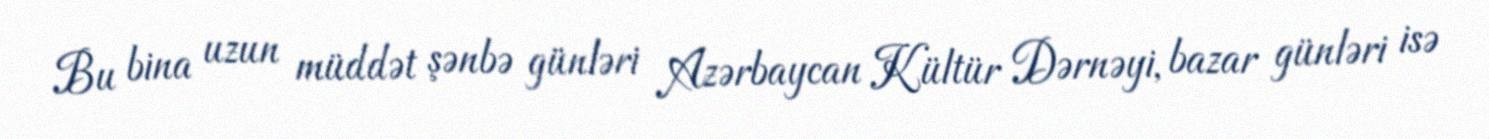
Bu bina uzun müddət şənbə günləri Azərbaycan Kültür Dərnəyi, bazar günləri isə